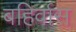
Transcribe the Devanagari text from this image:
बहिर्वास